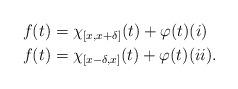
LaTeX: \begin{align*}f(t)&=\chi_{[x,x+\delta]}(t)+\varphi(t) (i)\\f(t)&=\chi_{[x-\delta,x]}(t)+\varphi(t) (ii).\end{align*}